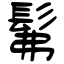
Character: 髴